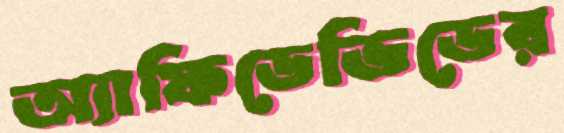
অ্যাফিডেভিডের